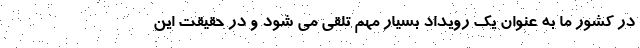
در کشور ما به عنوان یک رویداد بسیار مهم تلقی می شود و در حقیقت این